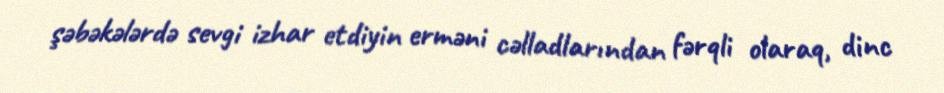
şəbəkələrdə sevgi izhar etdiyin erməni cəlladlarından fərqli olaraq, dinc